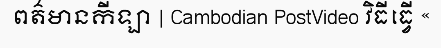
ពត៌មានកីឡា | Cambodian PostVideo វិធីធ្វើ «